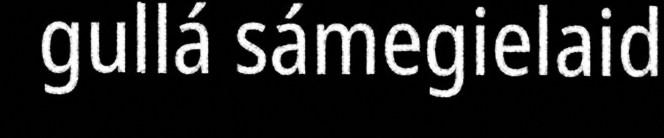
gullá sámegielaid